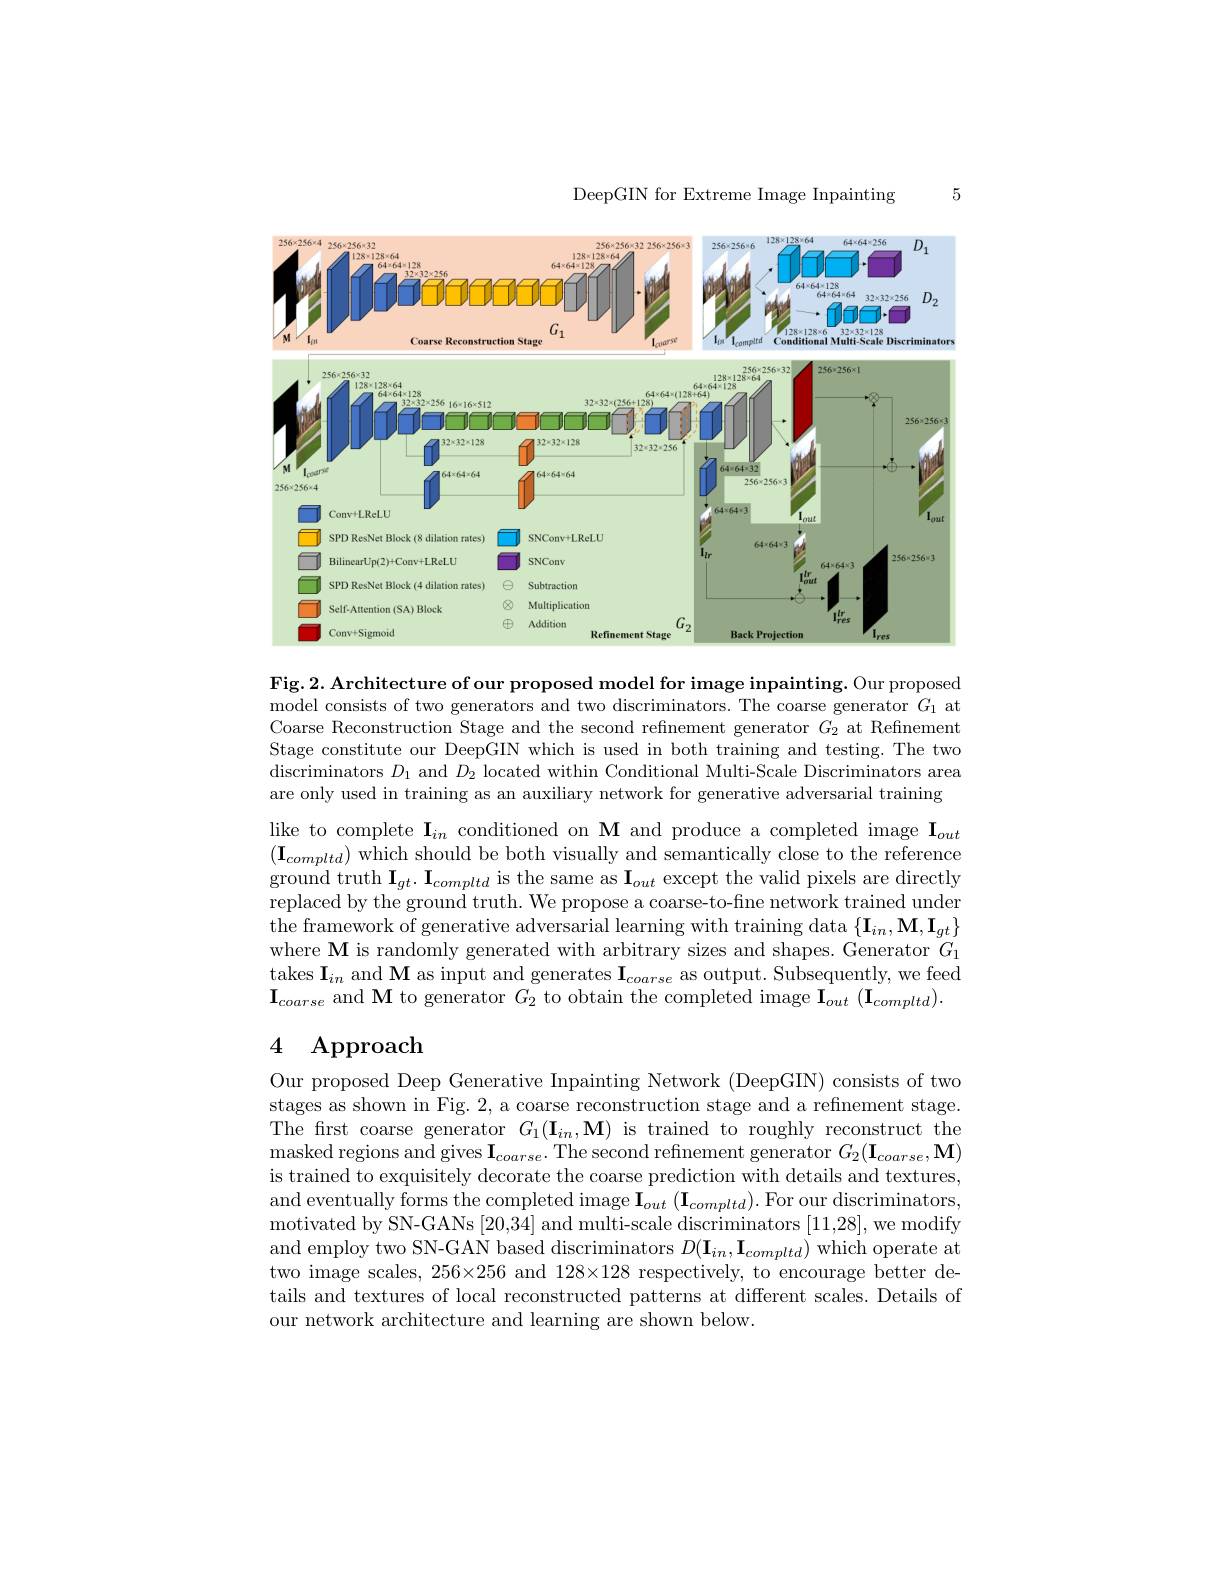
DeepGIN for Extreme Image Inpainting

5

<FigureHere>

Fig. 2. Architecture of our proposed model for image inpainting. Our proposed model consists of two generators and two discriminators. The coarse generator $G_1$ at Coarse Reconstruction Stage and the second refinement generator $G_{2}$ at Refinement Stage constitute our DeepGIN which is used in both training and testing. The two discriminators $D_1$ and $D_2$ located within Conditional Multi-Scale Discriminators area are only used in training as an auxiliary network for generative adversarial training

like to complete $\mathbf{I}_{in}$ conditioned on M and produce a completed image $\mathbf{I}_{out}$ $(\mathbf{I}_{compltd})$ which should be both visually and semantically close to the reference ground truth $\mathbf{I} _{gt}. \mathbf{I} _{compltd}$ is the same as $\mathbf{I}_{out}$ except the valid pixels are directly replaced by the ground truth. We propose a coarse-to-fine network trained under the framework of generative adversarial learning with training data $\{\mathbf{I}_{in},\mathbf{M},\mathbf{I}_{gt}\}$ where M is randomly generated with arbitrary sizes and shapes. Generator $G_1$ $\begin{array}{cc}\mathrm{takes~I_{in}~and~M~as~input~and~generates~I_{coarse}~as~output.~Subsequently,~we~feed}\end{array}$ $\mathbf{I}_{coarse}$ and M to generator $G_2$ to obtain the completed image $\mathbf{I}_out\left(\mathbf{I}_{compltd}\right).$

# 4 Approach

Our proposed Deep Generative Inpainting Network (DeepGIN) consists of two stages as shown in Fig. 2, a coarse reconstruction stage and a refinement stage. The first coarse generator $G_1(\mathbf{I}_{in},\mathbf{M})$ is trained to roughly reconstruct the masked regions and gives $\mathbf{I}_coarse.$ The second refinement generator $G_2(\mathbf{I}_{coarse},\mathbf{M})$ is trained to exquisitely decorate the coarse prediction with details and textures, and eventually forms the completed image $\mathbf{I}_{out}\left(\mathbf{I}_{compltd}\right).$ For our discriminators, motivated by SN-GANs [20,34] and multi-scale discriminators [11,28], we modify and employ two SN-GAN based discriminators $D(\mathbf{I}_{in},\mathbf{I}_{compltd})$ which operate at two image scales, $256\times256$ and $128\times128$ respectively, to encourage better details and textures of local reconstructed patterns at different scales. Details of our network architecture and learning are shown below.